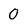
Character: 0